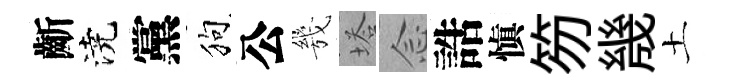
齗澆黨狗公㡬塔𫝹誥愼笏㡬土